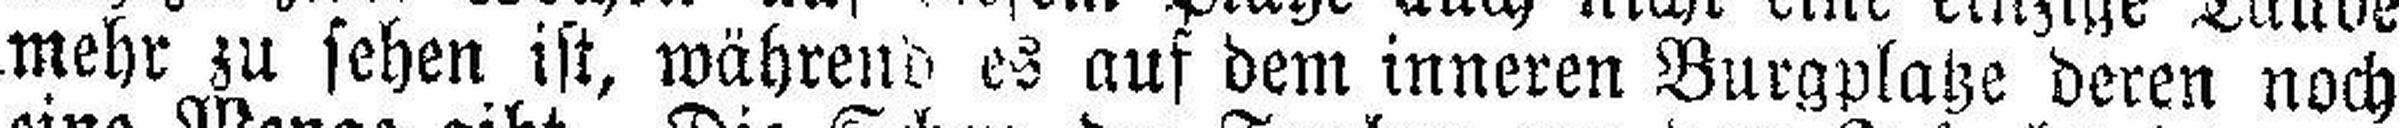
mehr zu sehen ist, während es auf dem inneren Burgplatze deren noch